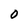
Character: O